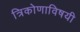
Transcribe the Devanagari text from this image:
त्रिकोणाविषयी